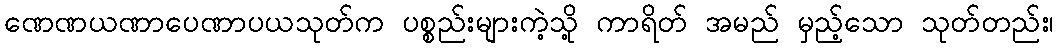
ဏေဏယဏာပေဏာပယသုတ်က ပစ္စည်းများကဲ့သို့ ကာရိတ် အမည် မှည့်သော သုတ်တည်း၊